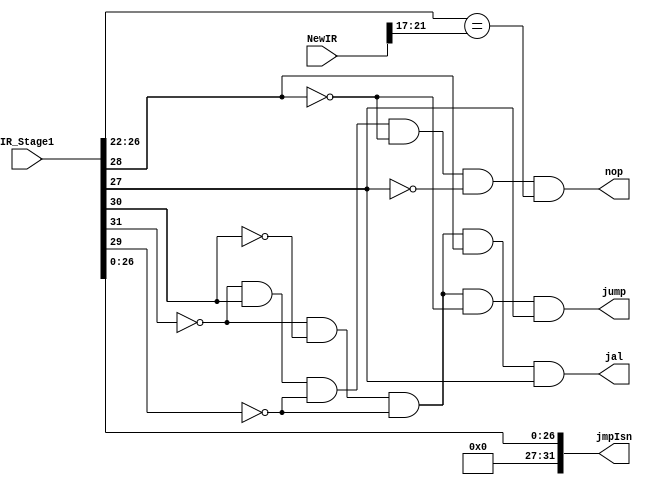
module Stage1Ctrl (NewIR, IR_Stage1,nop,jal,jump,jmpIsn);

input [31:0] NewIR, IR_Stage1;
output nop,jump,jal;
output [31:0] jmpIsn;

assign nop = (!IR_Stage1[31] && IR_Stage1[30] && !IR_Stage1[29] && !IR_Stage1[28] && !IR_Stage1[27]) && ((IR_Stage1[26:22] == NewIR[21:17]));

assign jump = (!IR_Stage1[31] && !IR_Stage1[30] && !IR_Stage1[29] && !IR_Stage1[28] && IR_Stage1[27]);

assign jal = (!IR_Stage1[31] && !IR_Stage1[30] && !IR_Stage1[29] && IR_Stage1[28] && IR_Stage1[27]);
assign jmpIsn[31:27] = 5'b00000;
assign jmpIsn[26:0] = IR_Stage1[26:0];
endmodule